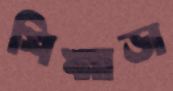
শিঙ্গাড়া